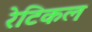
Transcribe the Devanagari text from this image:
रेटिकल